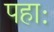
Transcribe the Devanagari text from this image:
पहाः